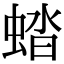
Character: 𧌏